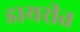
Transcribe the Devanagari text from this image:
डायरीत